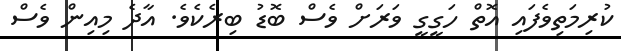
ކުރިމަތިވެފައި އޮތް ހަގީގީ ވަރަށް ވެސް ބޮޑު ބިރެކެވެ. އާދެ މިއިން ވެސް